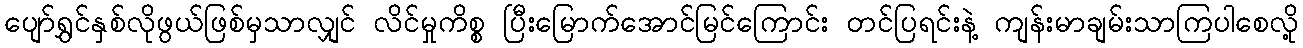
ပျော်ရွှင်နှစ်လိုဖွယ်ဖြစ်မှသာလျှင် လိင်မှုကိစ္စ ပြီးမြောက်အောင်မြင်ကြောင်း တင်ပြရင်းနဲ့ ကျန်းမာချမ်းသာကြပါစေလို့